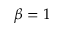
\beta = 1